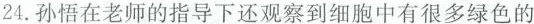
24.孙悟在老师的指导下还观察到细胞中有很多绿色的